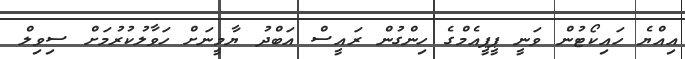
އިއްޔެ ހައިކޯޓުން ވަނީ ޕީޕީއެމްގެ ހިންގުން ރައީސް އަބްދު ޔާމީނަށް ހަވާލުކުރުމަށް ސިވިލް